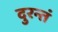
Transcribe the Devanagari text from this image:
दुरन्तं